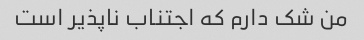
من شک دارم که اجتناب ناپذیر است